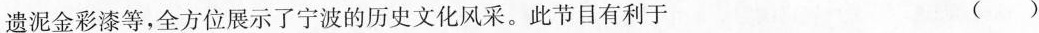
遗泥金彩漆等，全方位展示了宁波的历史文化风采。此节目有利于 ( )